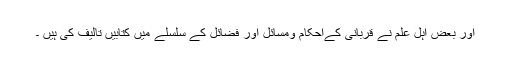
اور بعض اہل علم نے قربانی کےاحکام ومسائل اور فضائل کے سلسلے میں کتابیں تالیف کی ہیں ۔